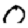
Digit: 0